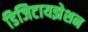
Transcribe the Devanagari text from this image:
डिजिटायझेशन